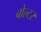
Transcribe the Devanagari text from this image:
बोल्टर